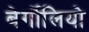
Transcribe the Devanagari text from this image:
बेर्गोलियो